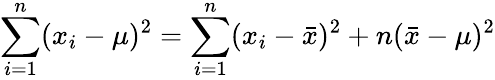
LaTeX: \sum_{i=1}^{n}(x_{i}-\mu)^{2}=\sum_{i=1}^{n}(x_{i}-{\bar{x}})^{2}+n({\bar{x}}-\mu)^{2}